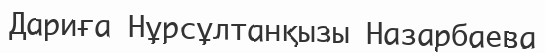
Дариға Нұрсұлтанқызы Назарбаева